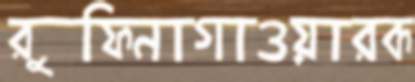
রুফিনাগাওয়ারক